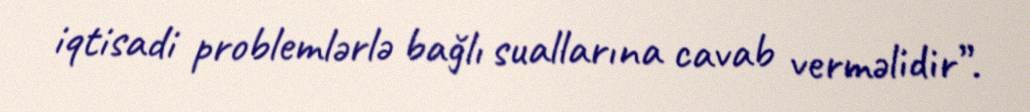
iqtisadi problemlərlə bağlı suallarına cavab verməlidir”.